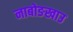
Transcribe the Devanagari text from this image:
नाबोङखाउ